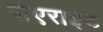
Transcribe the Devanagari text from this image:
पाएराइट